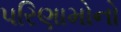
પરિણામોનો